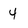
Character: 4